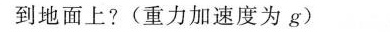
到地面上?(重力加速度为g)